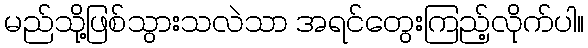
မည်သို့ဖြစ်သွားသလဲသာ အရင်တွေးကြည့်လိုက်ပါ။